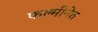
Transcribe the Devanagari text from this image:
फल्मीनेत